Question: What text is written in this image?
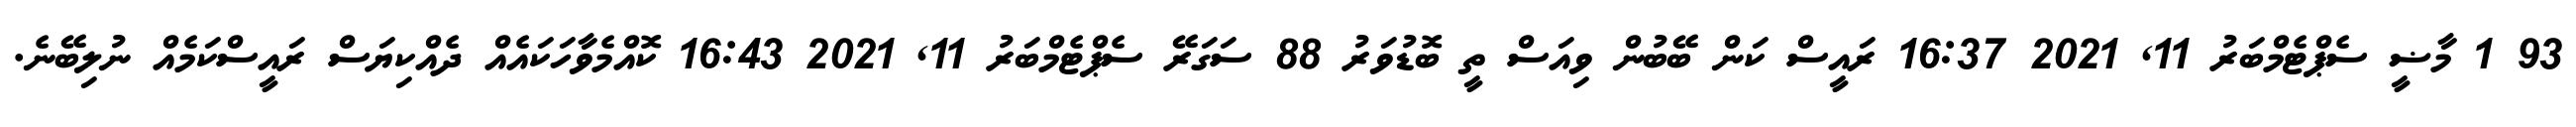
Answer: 93 1 މާޟީ ސެޕްޓެމްބަރު 11, 2021 16:37 ރައީސް ކަން ބޭބުން ވިއަސް ތީ ބޮޑުވަރު 88 ސަގަރޭ ސެޕްޓެމްބަރު 11, 2021 16:43 ކޮއްމެވާހަކައެއް ދެއްކިޔަސް ރައީސްކަމެއް ނުލިބޭނެ.